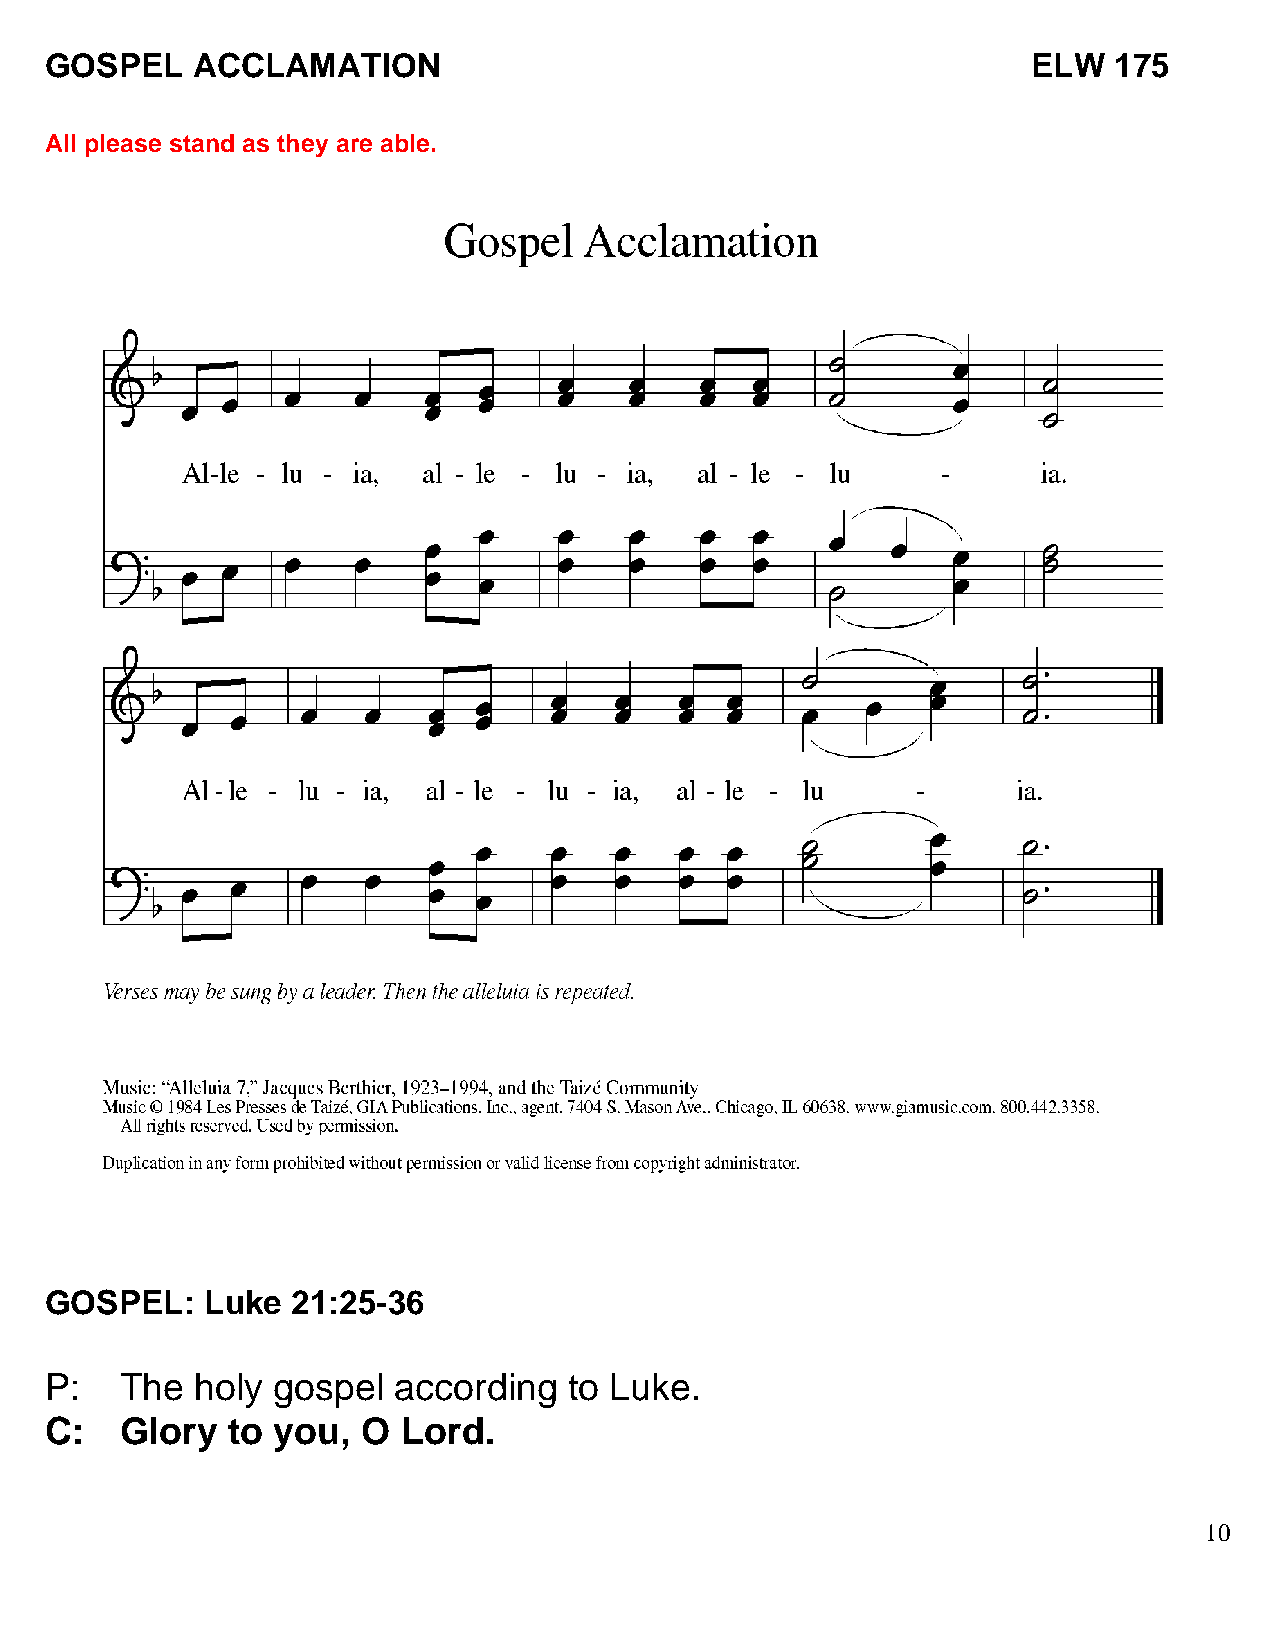
GOSPEL    ACCLAMATION                                            ELW   175
 All please stand as they are able.
 GOSPEL:    Luke 21:25-36
 P:   The  holy gospel  according   to Luke.
 C:   Glory  to you,  O  Lord.
 10